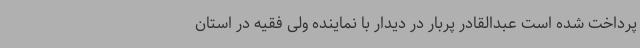
پرداخت شده است عبدالقادر پربار در دیدار با نماینده ولی فقیه در استان